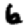
Digit: 6